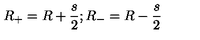
R _ { + } = R + \frac { s } { 2 } ; R _ { - } = R - \frac { s } { 2 }